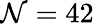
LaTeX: \mathcal{N}=42